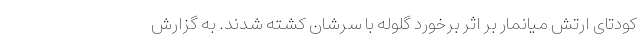
کودتای ارتش میانمار بر اثر برخورد گلوله با سرشان کشته شدند. به گزارش